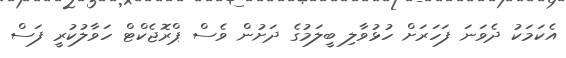
އެކަމަކު ދެވަނަ ފަހަރަށް ހުޅުވާލި ބީލަމުގެ ދަށުން ވެސް ޕްރޮޖެކްޓް ހަވާލުކުރީ ފަސް